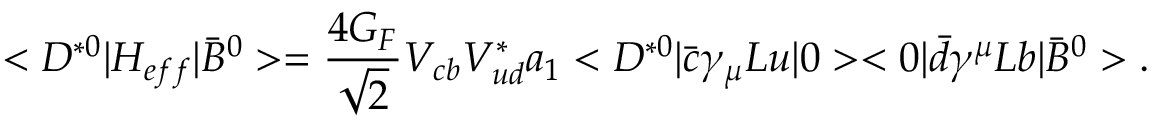
< D ^ { * 0 } | { \cal H } _ { e f f } | \bar { B } ^ { 0 } > = \frac { 4 G _ { F } } { \sqrt { 2 } } V _ { c b } V _ { u d } ^ { * } a _ { 1 } < D ^ { * 0 } | \bar { c } \gamma _ { \mu } L u | 0 > < 0 | \bar { d } \gamma ^ { \mu } L b | \bar { B } ^ { 0 } > .